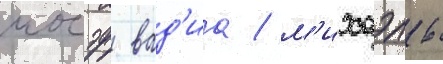
иосэф вад'иа / м'ихаэль